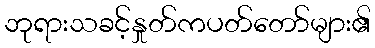
ဘုရားသခင့်နှုတ်ကပတ်တော်များ၏